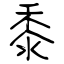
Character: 黍